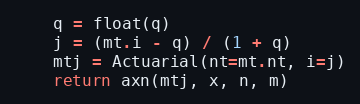
Language: Python
    q = float(q)
    j = (mt.i - q) / (1 + q)
    mtj = Actuarial(nt=mt.nt, i=j)
    return axn(mtj, x, n, m)